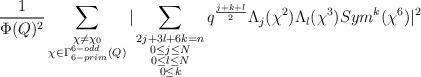
LaTeX: \begin{align*}\frac{1}{\Phi(Q)^{2}}\sum_{\substack{\chi\neq\chi_{0} \\\chi \in \Gamma_{6-prim}^{6-odd}(Q)}}|\sum_{\substack{2j+3l+6k=n\\0\leq j \leq N\\ 0\leq l \leq N\\ 0\leq k}}q^{\frac{j+k+l}{2}}\Lambda_{j}(\chi^{2})\Lambda_{l}(\chi^{3})Sym^{k}(\chi^{6})|^2\end{align*}